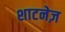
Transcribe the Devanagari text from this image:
शाटनेज़